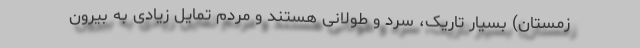
زمستان) بسیار تاریک، سرد و طولانی هستند و مردم تمایل زیادی به بیرون